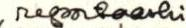
reportaashi